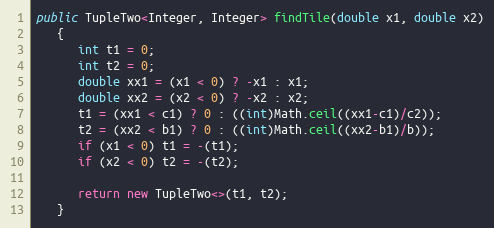
Language: Java
public TupleTwo<Integer, Integer> findTile(double x1, double x2)
   {
      int t1 = 0;
      int t2 = 0;
      double xx1 = (x1 < 0) ? -x1 : x1;
      double xx2 = (x2 < 0) ? -x2 : x2;
      t1 = (xx1 < c1) ? 0 : ((int)Math.ceil((xx1-c1)/c2));
      t2 = (xx2 < b1) ? 0 : ((int)Math.ceil((xx2-b1)/b));
      if (x1 < 0) t1 = -(t1);
      if (x2 < 0) t2 = -(t2);

      return new TupleTwo<>(t1, t2);
   }